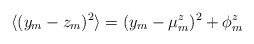
\begin{align*}\langle(y_m-z_m)^2\rangle=(y_m-\mu^z_m)^2+\phi_m^z\end{align*}